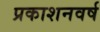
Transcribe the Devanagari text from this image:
प्रकाशनवर्ष